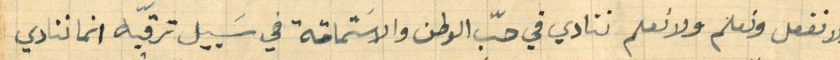
ولا نفعل ونعلم ولا نعلم ننادي في حبّ الوطن والاسَتماتة في سَبيل ترقيه انما ننادي